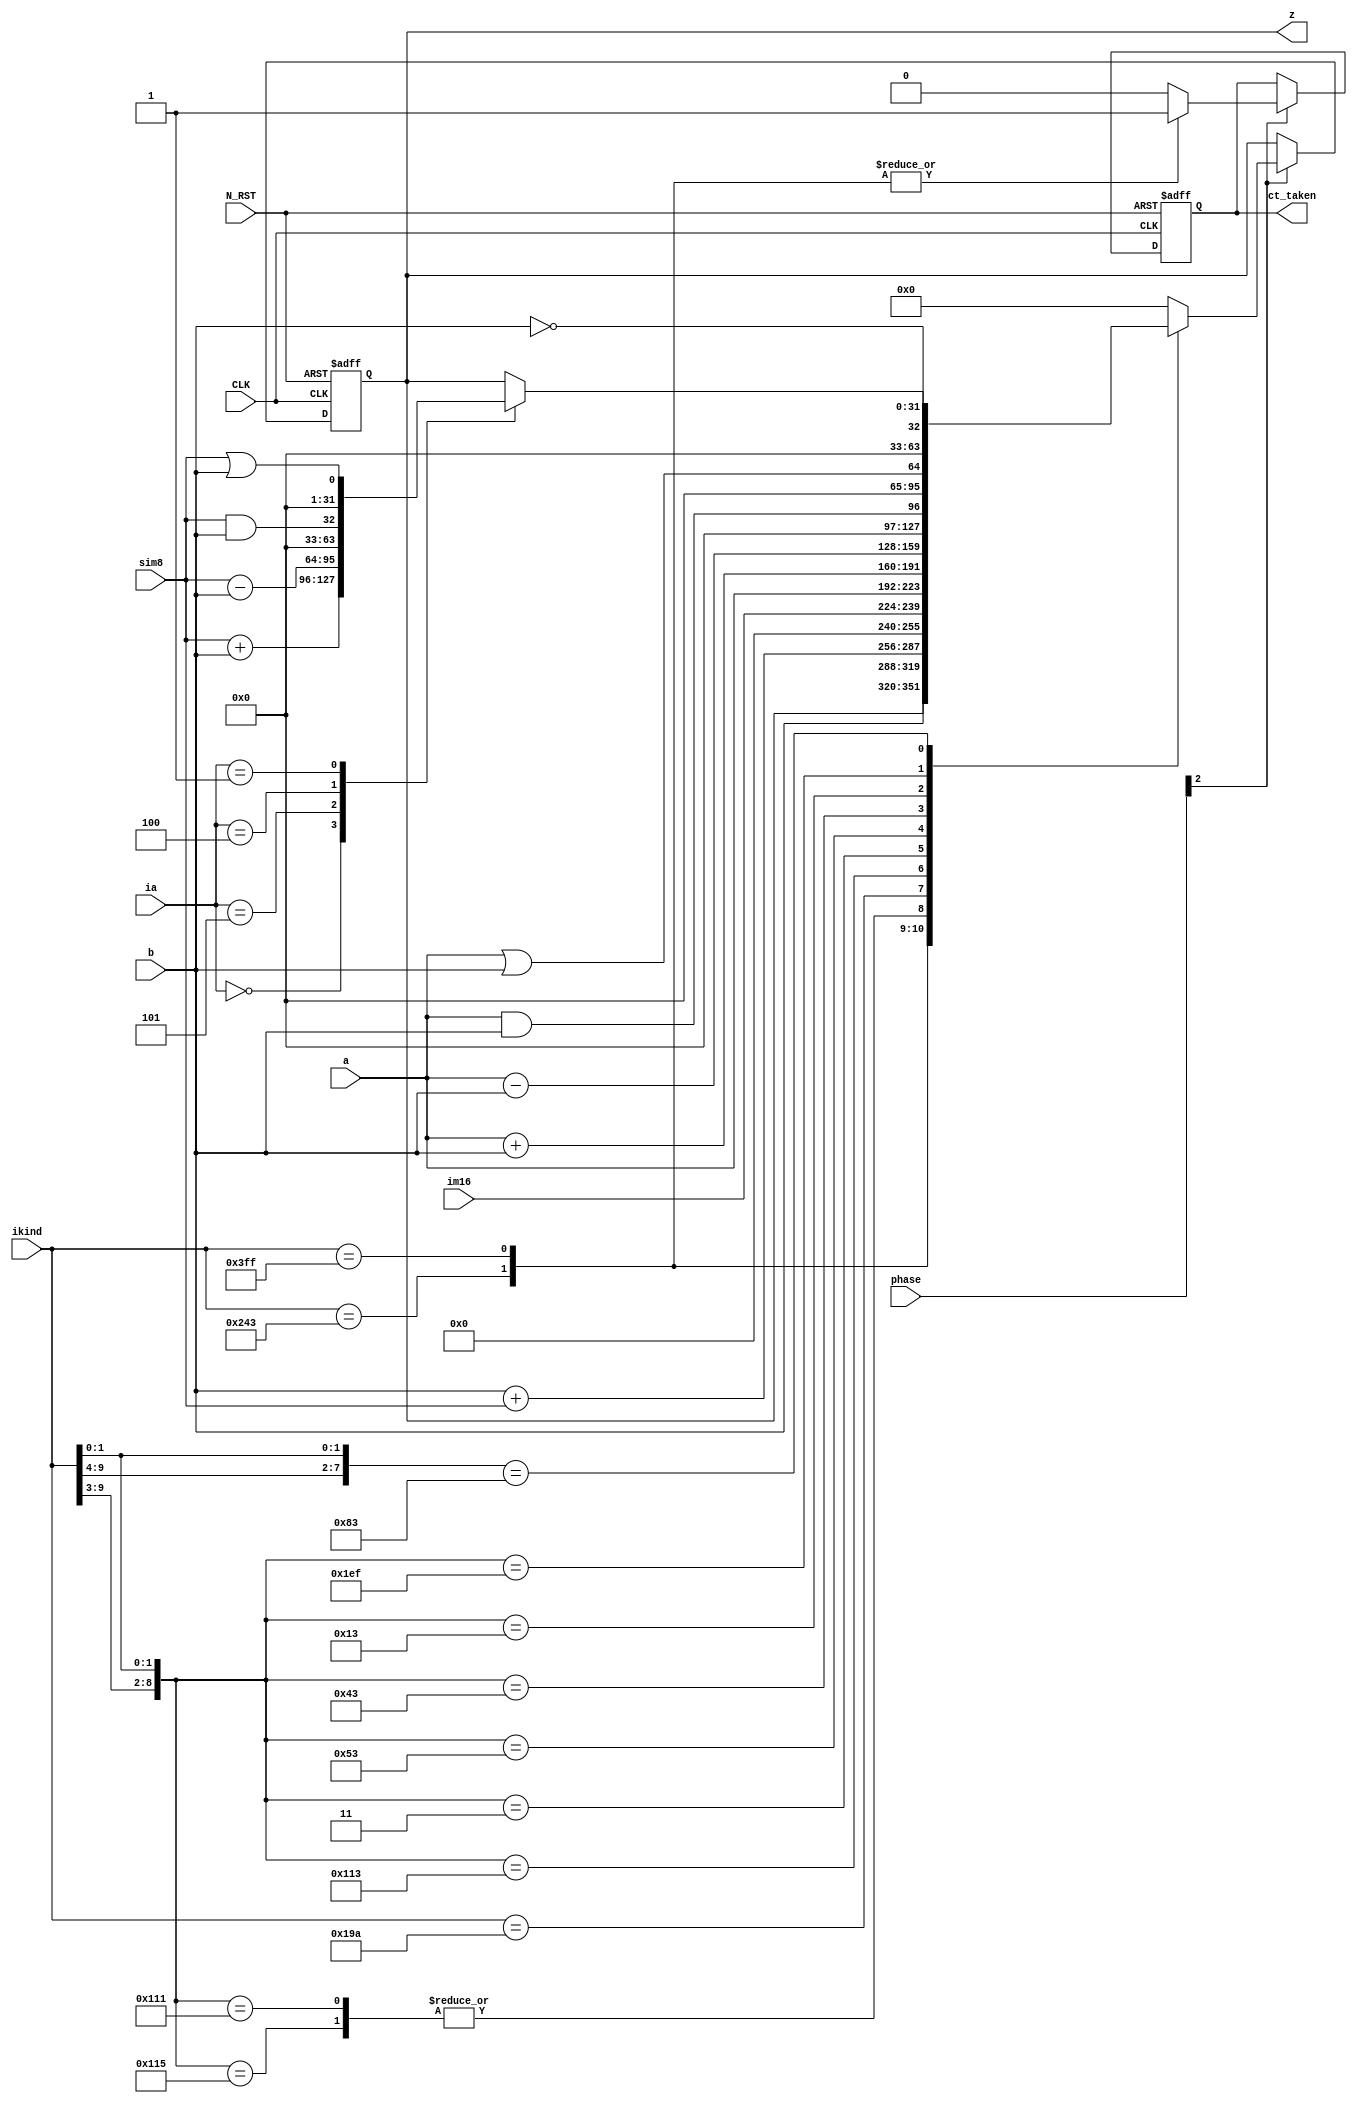
module alu (a, b, ia, sim8, im16, ikind, phase, CLK, N_RST, z, ct_taken);
	input [31:0] a,b;
	input [15:0] im16;
	input [9:0] ikind;
	input [7:0] sim8;
	input [4:0] phase;
	input [2:0] ia;
	input CLK, N_RST;
	
	output ct_taken;
	output [31:0] z;
	
	reg ct_taken;
	reg [31:0] z;
	
	
		 always @(posedge CLK or negedge N_RST) begin
			if(N_RST == 0) begin
				z<=0;
				ct_taken <= 0;
			end else begin
				if(phase[2] == 1) begin
				casex(ikind)
					10'b1001_0000_11: 
							ct_taken <= 1;	//b
					10'b1111_1111_11: 	//jr
						begin
							ct_taken <= 1;
							z <= b;
						end
					10'b1000_101x_01:
						begin
							ct_taken <= 0;
							z <= b+sim8; //ld
						end
					10'b1000_100x_01:
						begin
							ct_taken <=0 ;
							z <= b+sim8;
						end	//st
				   10'b0110_0110_10: 
						begin
							ct_taken <= 0;
							z <= im16;	//lil
						end
					10'b1000_100x_11: 
						begin
							ct_taken <= 0;
							z <= a;
						end
					10'b0000_000x_11: 
						begin
							ct_taken <= 0;
							z <= a+b;	//add
						end
					10'b0010_100x_11: 
						begin
							ct_taken <= 0;
							z <= a-b;	//sub
						end
					10'b0010_000x_11: 
						begin
							ct_taken <= 0;
							z <= a&&b;	//and
						end
					10'b0000_100x_11: 
						begin
							ct_taken <= 0;
							z <= a||b;	//or
						end
					10'b1111_011x_11: 
						begin
							ct_taken <= 0;
							z <= !b;		//not
						end
					10'b1000_00xx_11:	//register --immediate
						begin
							ct_taken <= 0;
							case(ia)
								3'b000: z <= sim8+b;	//addi
								3'b101: z <= sim8-b;	//subi
								3'b100: z <= sim8&&b;	//andi
								3'b001: z <= sim8||b;	//ori
							endcase
						end
					default: 
						begin
							ct_taken <= 0;
							z <= 0;
						end
				endcase
			end
		end
	end
endmodule